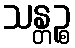
သန္တဉ္စ